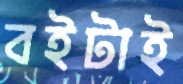
বইটাই